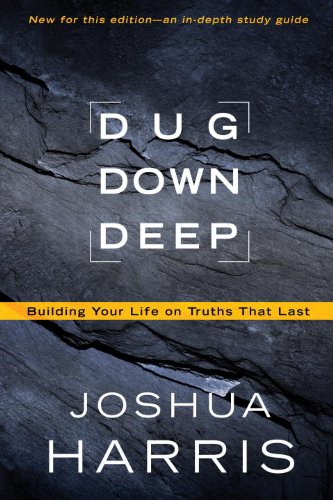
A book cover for Dug Down Deep: Building Your Life on Truths That Last; Joshua Harris; Religion & Spirituality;